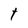
Character: t